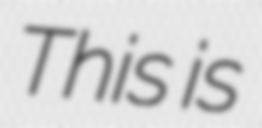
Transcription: This is